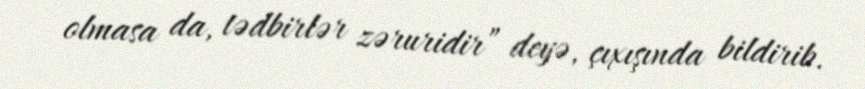
olmasa da, tədbirlər zəruridir” deyə, çıxışında bildirib.